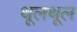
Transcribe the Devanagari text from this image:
थूलथूल